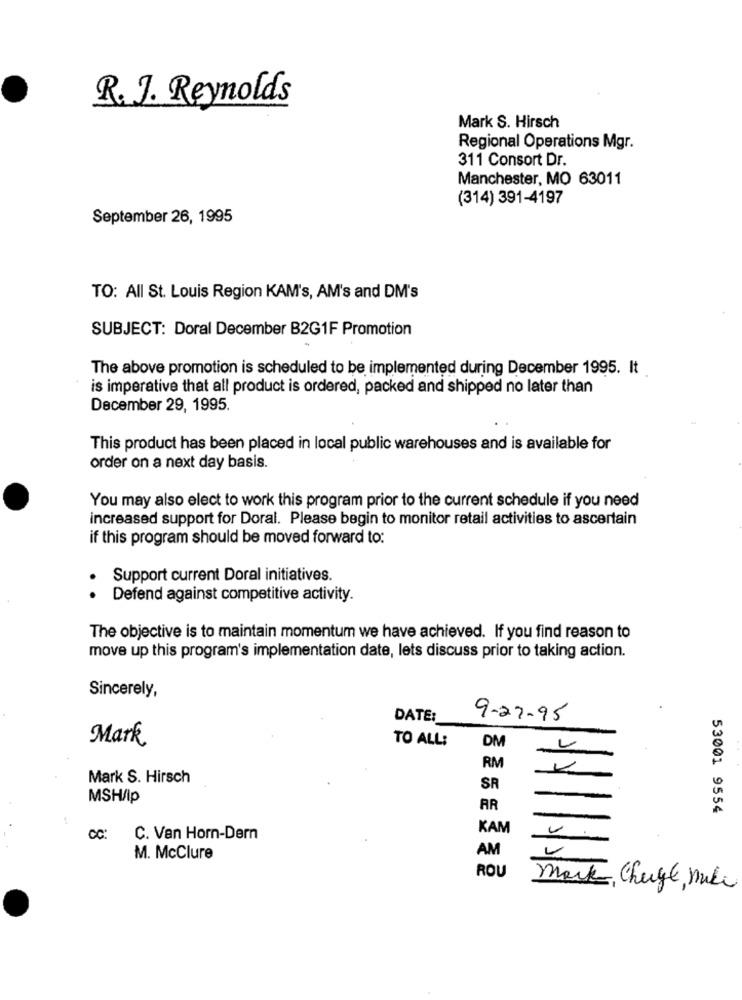
R. J. Reynolds
Mark S. Hirsch
Regional Operations Mgr.
311 Consort Dr.
Manchester, MO 63011
(314) 391-4197
September 26, 1995
TO: All St. Louis Region KAM's, AM's and DM's
SUBJECT: Doral December B2G1F Promotion
The above promotion is scheduled to be implemented during December 1995. It
is imperative that all product is ordered, packed and shipped no later than
December 29, 1995.
This product has been placed in local public warehouses and is available for
order on a next day basis.
You may also elect to work this program prior to the current schedule if you need
increased support for Doral. Please begin to monitor retail activities to ascertain
if this program should be moved forward to:
Support current Doral initiatives.
.
Defend against competitive activity.
The objective is to maintain momentum we have achieved. If you find reason to
move up this program's implementation date, lets discuss prior to taking action.
Sincerely,
DATE:
9-27-95
Mark
TO ALL:
DM
RM
Mark S. Hirsch
SR
MSH/Ip
AR
53001 9554
KAM
CC:
C. Van Horn-Dern
AM
M. McClure
ROU
mark, Chege mili